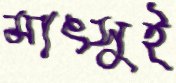
মাৎসুই